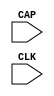
// $Header: /devl/xcs/repo/env/Databases/CAEInterfaces/xec_libs/data/unisims/CAPTURE_VIRTEX5.v,v 1.3 2010/06/02 20:13:45 vandanad Exp $
///////////////////////////////////////////////////////////////////////////////
// Copyright (c) 1995/2006 Xilinx, Inc.
// All Right Reserved.
///////////////////////////////////////////////////////////////////////////////
//   ____  ____
//  /   /\/   /
// /___/  \  /    Vendor : Xilinx
// \   \   \/     Version : 8.2i
//  \   \         Description : Xilinx Formal Verification Library Component
//  /   /                  Register State Capture for Bitstream Readback for VIRTEX5
// /___/   /\     Filename : CAPTURE_VIRTEX5.v
// \   \  /  \    Timestamp : Wed Jun  7 16:13:41 PDT 2006
//  \___\/\___\
//
// Revision:
//    06/07/06 - Initial version.
// End Revision

`timescale 1 ps / 1 ps 

module CAPTURE_VIRTEX5 (
	CAP,
	CLK
);

    input CAP;
    input CLK;

  parameter ONESHOT = "TRUE";
    
endmodule